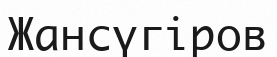
Жансүгіров